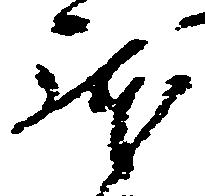
躰